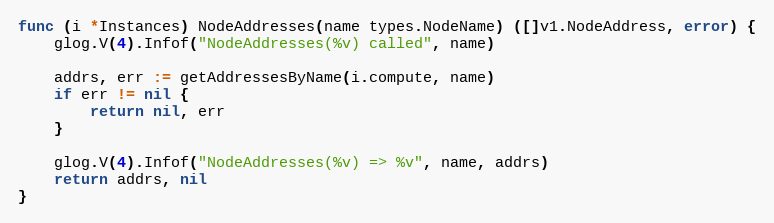
Language: Go
func (i *Instances) NodeAddresses(name types.NodeName) ([]v1.NodeAddress, error) {
	glog.V(4).Infof("NodeAddresses(%v) called", name)

	addrs, err := getAddressesByName(i.compute, name)
	if err != nil {
		return nil, err
	}

	glog.V(4).Infof("NodeAddresses(%v) => %v", name, addrs)
	return addrs, nil
}